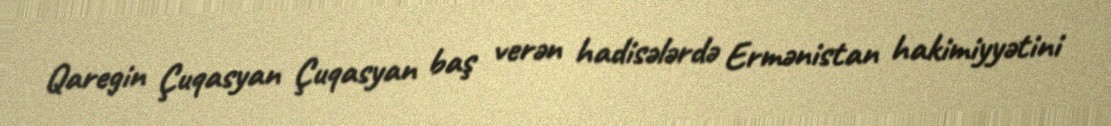
Qaregin Çuqasyan Çuqasyan baş verən hadisələrdə Ermənistan hakimiyyətini